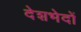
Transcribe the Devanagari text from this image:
देशभेदों